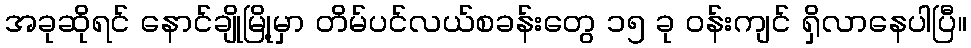
အခုဆိုရင် နောင်ချိုမြို့မှာ တိမ်ပင်လယ်စခန်းတွေ ၁၅ ခု ဝန်းကျင် ရှိလာနေပါပြီ။